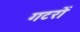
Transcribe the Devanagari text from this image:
गटरों